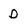
Character: D